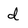
Character: d